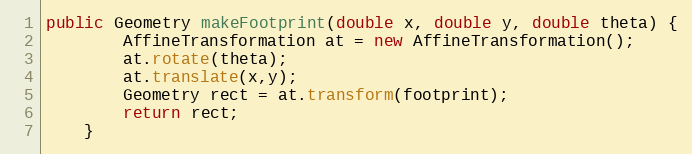
Language: Java
public Geometry makeFootprint(double x, double y, double theta) {
		AffineTransformation at = new AffineTransformation();
		at.rotate(theta);
		at.translate(x,y);
		Geometry rect = at.transform(footprint);
		return rect;
	}